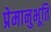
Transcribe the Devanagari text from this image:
प्रेमानुभूति